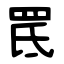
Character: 䍕